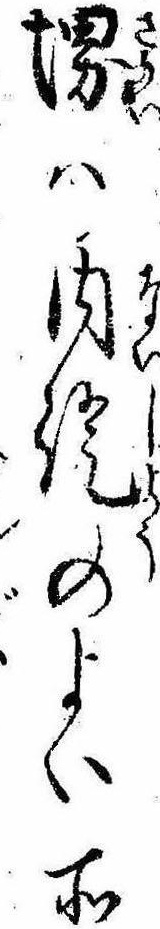
堺は内証のよい所